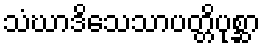
သံဃာဒိသေသာပတ္တိပုစ္ဆာ